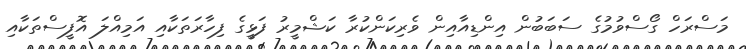
މަސްރަހް ގޯސްވުމުގެ ސަބަބުން އިންޑިއާއިން ވެރިކަންކުރާ ކަޝްމީރު ފަޅީގެ ފިހާރަތަކާއި އަމިއްލަ އޮފީސްތަކާއި